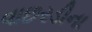
વાછરડીના